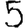
Digit: 5